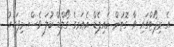
އެ ރިޕޯޓްގައި ވާ ގޮތުން އައިޕެޑް އެއަރގެ ގޯލްޑް ކުލަ ވެސް މިފަހަރު